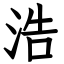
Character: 浩